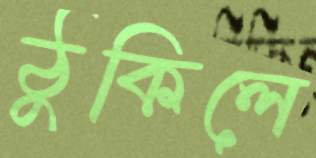
ঠুকিলে